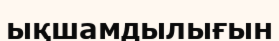
ықшамдылығын